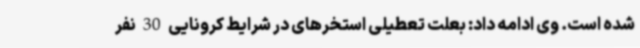
شده است. وی ادامه داد: بعلت تعطیلی استخرهای در شرایط کرونایی 30 نفر